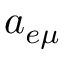
\ensuremath { a _ { e \mu } }